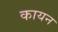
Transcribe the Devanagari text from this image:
कायन